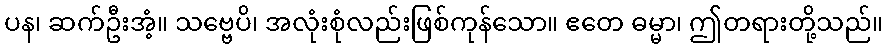
ပန၊ ဆက်ဦးအံ့။ သဗ္ဗေပိ၊ အလုံးစုံလည်းဖြစ်ကုန်သော။ ဧတေ ဓမ္မာ၊ ဤတရားတို့သည်။